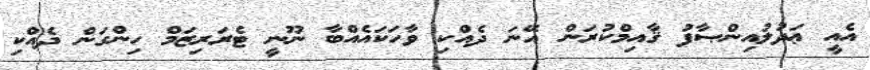
އެއީ ޢަދުލުއިންޞާފު ޤާއިމްކުރަން އޭނަ ދެއްކި ވާހަކައެއްބާ ނޫނީ ޓެރަރިޒަމް ހިންގަން ދެއްކި